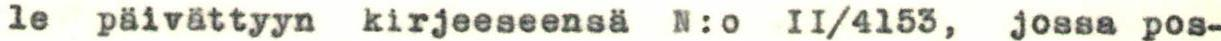
le päivättyyn kirjeeseensä N:o II/4153, jossa pos-